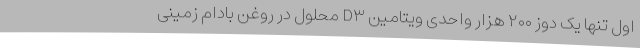
اول تنها یک دوز ۲۰۰ هزار واحدی ویتامین D۳ محلول در روغن بادام زمینی